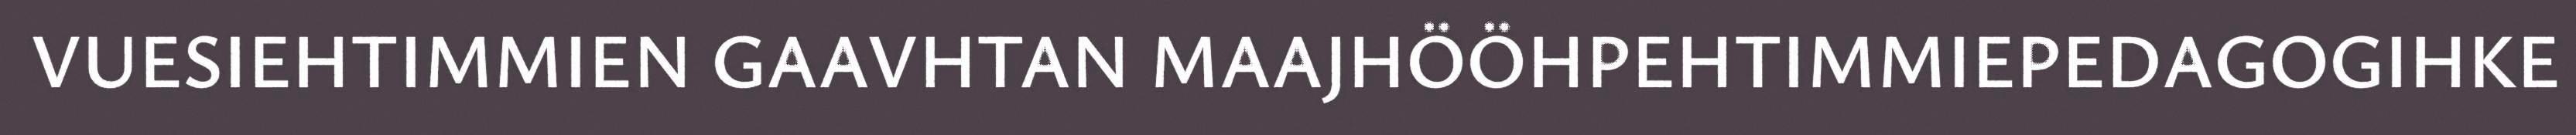
VUESIEHTIMMIEN GAAVHTAN MAAJHÖÖHPEHTIMMIEPEDAGOGIHKE